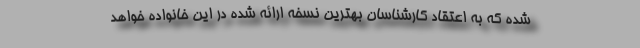
شده که به اعتقاد کارشناسان بهترین نسخه ارائه شده در این خانواده خواهد